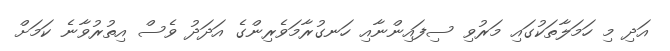
އަދި މި ހަމަލާތަކުގައި މަރުވި ސިފައިންނާއި ހަނގުރާމަވެރިންގެ އަދަދު ވެސް އިތުރުވާނެ ކަމަށް